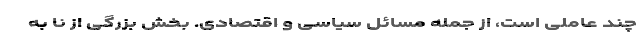
چند عاملی است، از جمله مسائل سیاسی و اقتصادی. بخش بزرگی از نا به